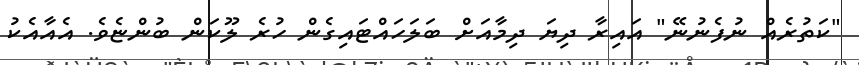
"ކަތުރެއް ނުފެނުނޭ" އައިރާ ދިޔަ ދިމާއަށް ބަލަހައްޓައިގެން ހުރެ ލޫކަން ބުންޏެވެ. އެއާއެކު